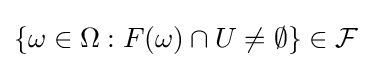
\{\omega \in \Omega :F(\omega )\cap U\neq \emptyset \}\in {\mathcal {F}}